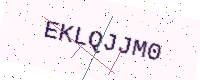
Text: EKLQJJM0